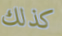
كذلك